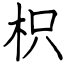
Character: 枳